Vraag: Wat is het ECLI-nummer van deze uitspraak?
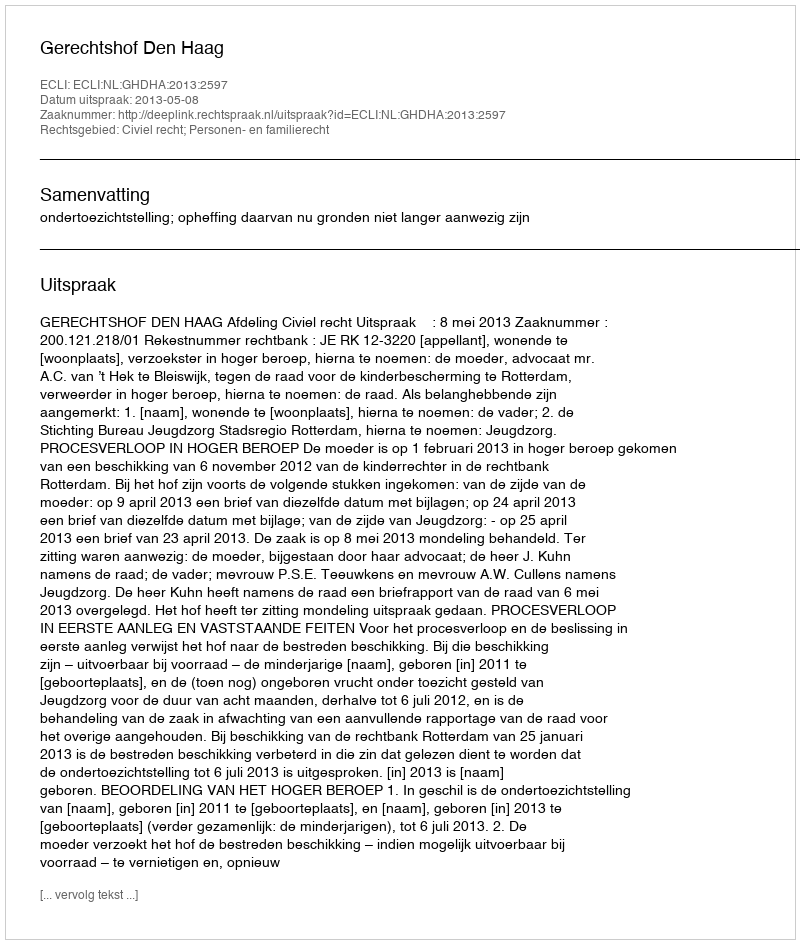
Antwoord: ECLI:NL:GHDHA:2013:2597